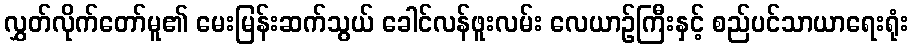
လွှတ်လိုက်တော်မူ၏ မေးမြန်းဆက်သွယ် ခေါင်လန်ဖူးလမ်း လေယာဉ်ကြီးနှင့် စည်ပင်သာယာရေးရုံး